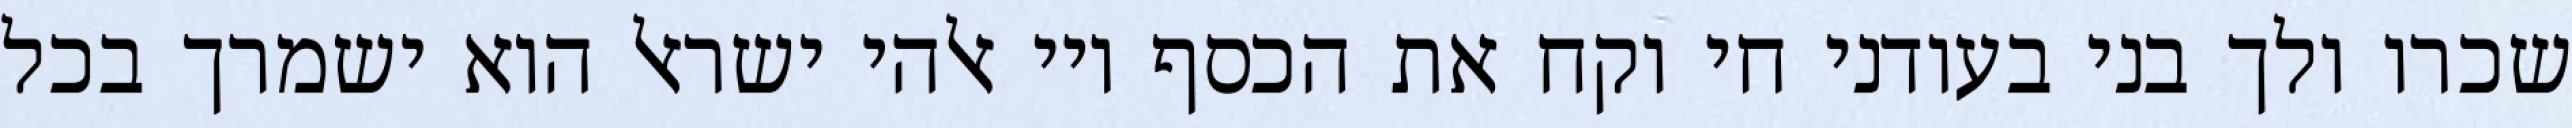
שכרו ולך בני בעודני חי וקח את הכסף ויי אלהי ישראל הוא ישמרך בכל